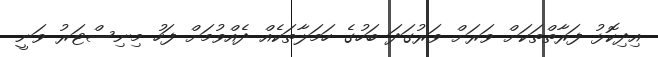
އިދިކޮޅު ފަރާތްތަކަށް ވަރަށް ވަރުގަދަ ބަހުގެ ހަމަލާތަކެއް ދެއްވުމަށް ފަހު މިނިސްޓަރު ވަނީ